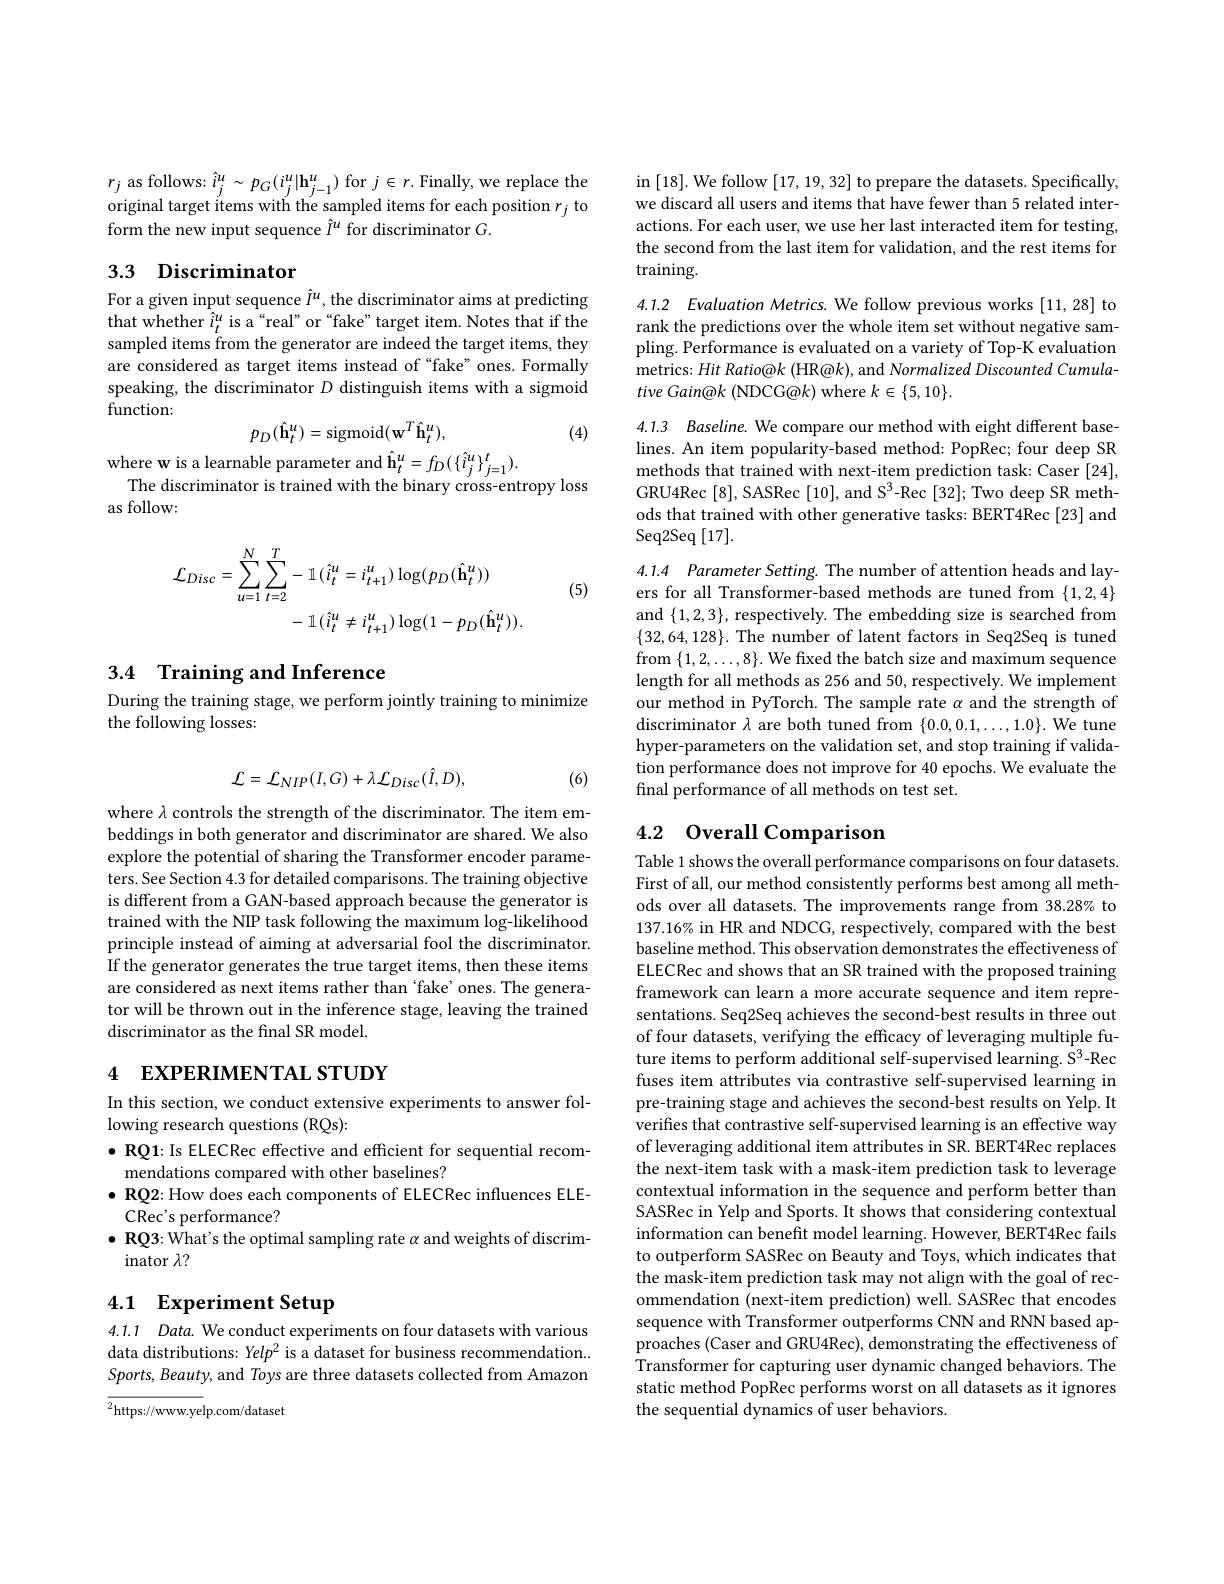
$r_{j}$ as follows: $\hat{i}_{j}^{u}\sim p_{G}(i_{j}^{u}|\mathbf{h}_{j-1}^{u})$ for $j\in r.$ Finally, we replace the original target items with the sampled items for each position $r_j$ to form the new input sequence $\hat{I}^u$ for discriminator $G.$

## 3.3 Discriminator

For a given input sequence $\hat{I}^u$, the discriminator aims at predicting that whether $\hat{i}_t^u$ is a“real”or“fake”target item.Notes that if the sampled items from the generator are indeed the target items, they are considered as target items instead of “fake”ones. Formally speaking, the discriminator $D$ distinguish items with a sigmoid function:
$$p_{D}(\hat{\mathbf{h}}_{t}^{u})=\mathrm{sigmoid}(\mathbf{w}^{T}\hat{\mathbf{h}}_{t}^{u}),$$
(4)

$\begin{array}{c}{\mathrm{where~w~is~a~learnable~parameter~and~}\hat{\mathbf{h}}_{t}^{u}=f_{D}(\{\hat{i}_{j}^{u}\}_{j=1}^{t}).}\\{\mathrm{The~discriminator~is~trained~with~the~binary~cross-entropy~loss}}\end{array}$
as follow:
$$\begin{aligned}\mathcal{L}_{Disc}&=\sum_{u=1}^{N}\sum_{t=2}^{T}-1\:(\hat{i}_{t}^{u}=i_{t+1}^{u})\log(p_{D}(\hat{\mathbf{h}}_{t}^{u}))\\&-\:\mathbb{1}\:(\hat{i}_{t}^{u}\neq i_{t+1}^{u})\log(1-p_{D}(\hat{\mathbf{h}}_{t}^{u})).\end{aligned}$$
(5)

3.4 Training and Inference

During the training stage, we perform jointly training to minimize
the following losses:
$$\mathcal{L}=\mathcal{L}_{NIP}(I,G)+\lambda\mathcal{L}_{Disc}(\hat{I},D),$$
(6)

where $\lambda$ controls the strength of the discriminator. The item embeddings in both generator and discriminator are shared. We also explore the potential of sharing the Transformer encoder parameters. See Section 4.3 for detailed comparisons. The training objective is different from a GAN-based approach because the generator is trained with the NIP task following the maximum log-likelihood principle instead of aiming at adversarial fool the discriminator. If the generator generates the true target items, then these items are considered as next items rather than ‘fake’ones. The generator will be thrown out in the inference stage, leaving the trained discriminator as the final SR model.

# 4 EXPERIMENTAL STUDY

In this section, we conduct extensive experiments to answer fol-
lowing research questions (RQs):
$\bullet$ RQ1: Is ELECRec effective and efficient for sequential recom-
mendations compared with other baselines?
$\bullet$ RQ2: How does each components of ELECRec influences ELE-
CRec's performance?
$\bullet \textbf{RQ3: What' s the optimal sampling rate }\alpha$ and weights of discrim-
inator $\lambda?$

# 4.1 Experiment Setup

4.1.1 Data. We conduct experiments on four datasets with various data distributions: Yelp2 is a dataset for business recommendation. Sports, Beauty, and Toys are three datasets collected from Amazon

$^{2}$https://www.yelp.com/dataset

in [18]. We follow [17,19,32] to prepare the datasets. Specifically, we discard all users and items that have fewer than 5 related interactions. For each user, we use her last interacted item for testing, the second from the last item for validation, and the rest items for training.

4.1.2 Evaluation Metrics. We follow previous works [11,28] to rank the predictions over the whole item set without negative sampling. Performance is evaluated on a variety of Top-K evaluation metrics: Hit Ratio@k (HR@k), and Normalized Discounted Cumulative Gain@k (NDCG@k) where $k\in\{5,10\}.$

4.1.3 Baseline. We compare our method with eight different baselines. An item popularity-based method: PopRec; four deep SR methods that trained with next-item prediction task: Caser [24], GRU4Rec[8], SASRec[10], and S$^3$-Rec[32]; Two deep SR methods that trained with other generative tasks: BERT4Rec [23] and Seq2Seq$\left [ 17\right ] .$

4.1.4 Parameter Setting. The number of attention heads and layers for all Transformer-based methods are tuned from $\{1,2,4\}$ and $\{1,2,3\}$,respectively. The embedding size is searched from $\{32,64,128\}.$ The number of latent factors in Seq2Seq is tuned from $\{1,2,\ldots,8\}.$ We fixed the batch size and maximum sequence length for all methods as 256 and 50, respectively. We implement our method in PyTorch. The sample rate $\alpha$ and the strength of $\operatorname*{discriminator}\lambda$ are both tuned from $\{0.0,0.1,\ldots,1.0\}.$ We tune hyper-parameters on the validation set, and stop training if validation performance does not improve for 40 epochs. We evaluate the final performance of all methods on test set.

# 4.2 Overall Comparison

Table 1 shows the overall performance comparisons on four datasets First of all, our method consistently performs best among all methods over all datasets. The improvements range from 38.28% to $137.16\%$ in HR and NDCG, respectively, compared with the best baseline method. This observation demonstrates the effectiveness of ELECRec and shows that an SR trained with the proposed training framework can learn a more accurate sequence and item representations. Seq2Seq achieves the second-best results in three out of four datasets, verifying the efficacy of leveraging multiple future items to perform additional self-supervised learning. S'-Rec fuses item attributes via contrastive self-supervised learning in pre-training stage and achieves the second-best results on Yelp. It verifies that contrastive self-supervised learning is an effective way of leveraging additional item attributes in SR. BERT4Rec replaces the next-item task with a mask-item prediction task to leverage contextual information in the sequence and perform better than SASRec in Yelp and Sports. It shows that considering contextual information can benefit model learning. However, BERT4Rec fails to outperform SASRec on Beauty and Toys, which indicates that the mask-item prediction task may not align with the goal of recommendation (next-item prediction) well. SASRec that encodes sequence with Transformer outperforms CNN and RNN based approaches (Caser and GRU4Rec), demonstrating the effectiveness of Transformer for capturing user dynamic changed behaviors. The static method PopRec performs worst on all datasets as it ignores the sequential dynamics of user behaviors.